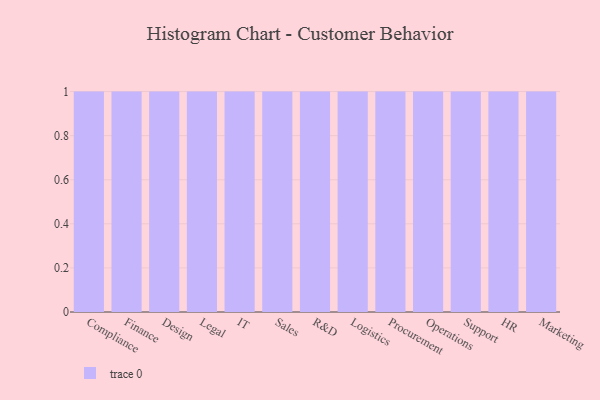
{"axis": {"x": "Department", "y": "Gross Profit (USD K)"}, "legend": [""], "data": [{"x": "Compliance", "y": 21, "type": ""}, {"x": "Finance", "y": 22, "type": ""}, {"x": "Design", "y": 27, "type": ""}, {"x": "Legal", "y": 41, "type": ""}, {"x": "IT", "y": 64, "type": ""}, {"x": "Sales", "y": 99, "type": ""}, {"x": "R&D", "y": 3, "type": ""}, {"x": "Logistics", "y": 56, "type": ""}, {"x": "Procurement", "y": 84, "type": ""}, {"x": "Operations", "y": 62, "type": ""}, {"x": "Support", "y": 70, "type": ""}, {"x": "HR", "y": 41, "type": ""}, {"x": "Marketing", "y": 51, "type": ""}]}